Civil Veterinary Dept. Assam report 1927-50 - 1927-1950
Year: 1927
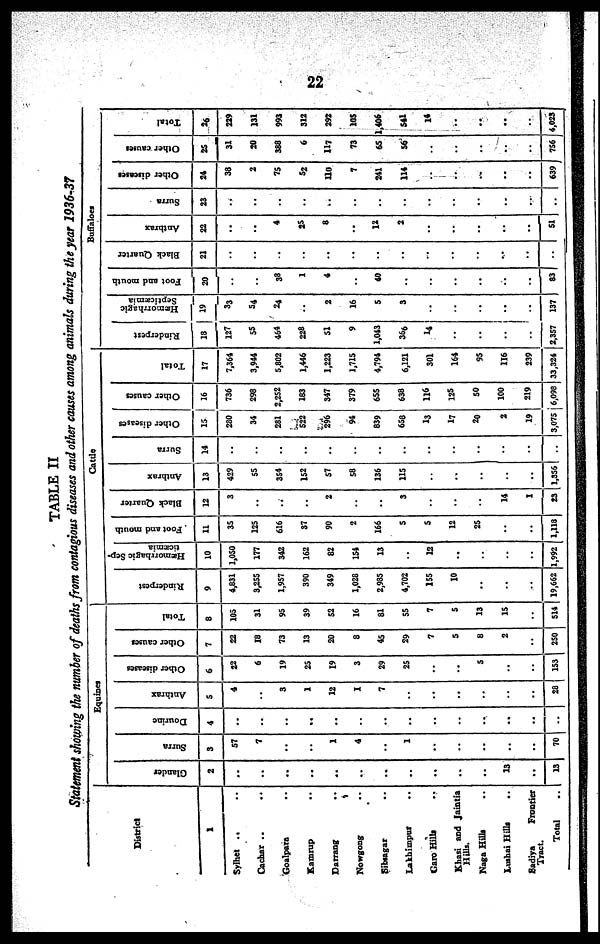
22
TABLE II
Statement showing the number of deaths from contagious diseases and other causes among animals during the year 1936-37
District
1
Sylhet .. ..
Cachar .. ..
Goalpara ..
Kamrup ..
Darrang ..
Nowgong ..
Sibsagar ..
Lakhimpur ..
Garo Hills ..
Khasi and Jaintia
Hills.
Naga Hills ..
Lushai Hills ..
Sadiya
Frontier
Tract.
Total
Equines
Glander
2
..
..
..
..
..
..
..
..
..
..
..
13
..
13
Surra
3
57
7
..
..
1
4
..
1
..
..
..
..
..
70
Dourine
4
..
..
..
..
..
..
..
..
..
..
..
..
..
..
Anthrax
5
4
..
3
1
12
1
7
..
..
..
..
..
..
28
Other diseases
6
22
6
19
25
19
3
29
25
..
..
5
..
..
153
Other causes
7
22
18
73
13
20
8
45
29
7
5
8
2
..
250
Total
8
105
31
95
39
52
16
81
55
7
5
13
15
..
514
Cattle
Rinderpest
9
4,831
3,255
1,957
390
349
1,028
2,985
4,702
155
10
..
..
..
19,662
Hæmorrhagic Sep-
ticæmia
10
1,050
177
342
162
82
154
13
..
12
..
..
..
..
1,992
Foot and mouth
11
35
125
616
37
90
2
166
5
5
12
25
..
..
1,118
Black Quarter
12
3
..
..
..
2
..
..
3
..
..
..
14
1
23
Anthrax
13
429
55
354
152
57
58
136
115
..
..
..
..
..
1,356
Surra
14
...
..
..
..
..
..
..
..
..
..
..
..
..
..
Other diseases
15
280
34
281
522
296
94
839
658
13
17
20
2
19
3,075
Other causes
16
736
298
2,252
183
347
379
655
638
116
125
50
100
219
6,098
Total
17
7,364
3,944
5,802
1,446
1,223
1,715
4,794
6,121
301
164
95
116
239
33,324
Buffaloes
Rinderpest
18
127
55
464
228
51
9
1,043
366
14
..
..
..
..
2,357
Hæmorrhagic
Septicæmia
19
33
54
24
..
2
16
5
3
..
..
..
..
..
137
Foot and mouth
20
..
..
38
1
4
..
40
..
..
..
..
..
..
83
Black Quarter
21
..
..
..
..
..
..
..
..
..
..
..
..
..
..
Anthrax
22
..
..
4
25
8
..
12
2
..
..
..
..
..
51
Surra
23
..
..
..
..
..
..
..
..
..
..
..
..
..
..
Other diseases
24
38
2
75
52
110
7
241
114
..
..
..
..
..
639
Other causes
25
31
20
388
6
117
73
65
56
..
..
..
..
..
756
Total
26
229
131
993
312
292
105
1,406
541
14
..
..
..
..
4,023